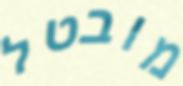
מובטל